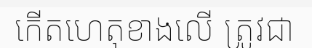
កើតហេតុខាងលើ ត្រូវជា